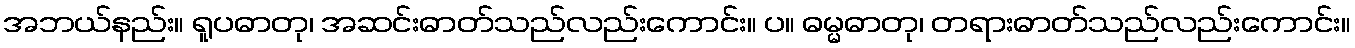
အဘယ်နည်း။ ရူပဓာတု၊ အဆင်းဓာတ်သည်လည်းကောင်း။ ပ။ ဓမ္မဓာတု၊ တရားဓာတ်သည်လည်းကောင်း။